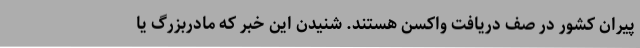
پیران کشور در صف دریافت واکسن هستند. شنیدن این خبر که مادربزرگ یا